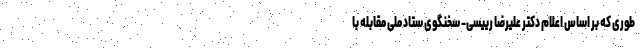
طوری که بر اساس اعلام دکتر علیرضا رییسی- سخنگوی ستاد ملی مقابله با